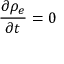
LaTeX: { \frac { \partial \rho _ { e } } { \partial t } } = 0